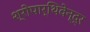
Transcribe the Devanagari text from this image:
श्रीपार्थिवेन्द्र